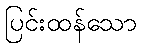
ပြင်းထန်သော